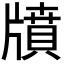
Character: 𤗸